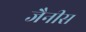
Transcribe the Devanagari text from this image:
जैनीस